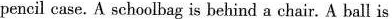
pencil case. A schoolbag is behind a chair. A ball is